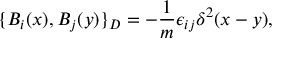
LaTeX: \{ B _ { i } ( x ) , B _ { j } ( y ) \} _ { D } = - \frac { 1 } { m } \epsilon _ { i j } \delta ^ { 2 } ( x - y ) ,